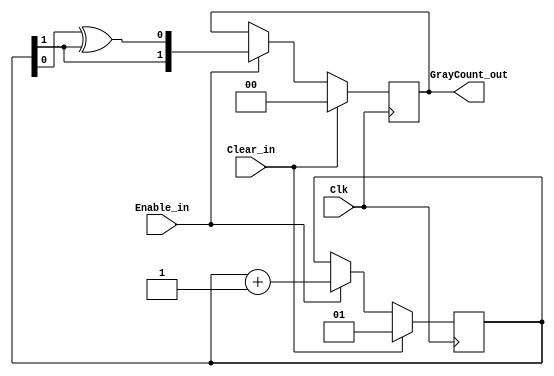
//==========================================
// Function : Code Gray counter.
// Coder    : Alex Claros F.
//=======================================

`timescale 1ns/1ps

module GrayCounter
   #(parameter   COUNTER_WIDTH = 2)
   
    (output reg  [COUNTER_WIDTH-1:0]    GrayCount_out,  //'Gray' code count output.
    
     input wire                         Enable_in,  //Count enable.
     input wire                         Clear_in,   //Count reset.
    
     input wire                         Clk);

    /////////Internal connections & variables///////
    reg    [COUNTER_WIDTH-1:0]         BinaryCount;

    /////////Code///////////////////////
    
    always @ (posedge Clk)
        if (Clear_in) begin
            BinaryCount   <= {COUNTER_WIDTH{1'b 0}} + 1;  //Gray count begins @ '1' with
            GrayCount_out <= {COUNTER_WIDTH{1'b 0}};      // first 'Enable_in'.
        end
        else if (Enable_in) begin
            BinaryCount   <= BinaryCount + 1;
            GrayCount_out <= {BinaryCount[COUNTER_WIDTH-1],
                              BinaryCount[COUNTER_WIDTH-2:0] ^ BinaryCount[COUNTER_WIDTH-1:1]};
        end
    
endmodule